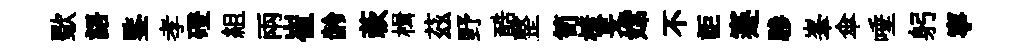
歜語鍳孝磴組兩崔龄蔌楫茲野酷整笥榱旻嫦不詎蹇驂峯傘唾躬寧